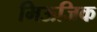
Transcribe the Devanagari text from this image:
मिऊज़िक